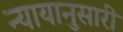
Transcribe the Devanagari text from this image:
न्यायानुसारी